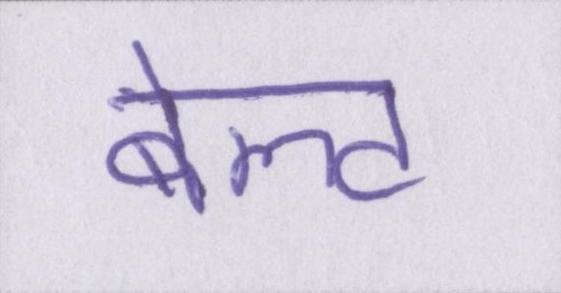
बेल्ट